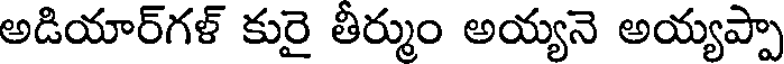
అడియార్గళ్ కురై తీర్ముం అయ్యనె అయ్యప్పా